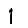
Digit: 1